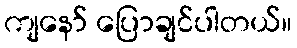
ကျနော် ပြောချင်ပါတယ်။